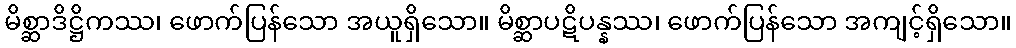
မိစ္ဆာဒိဋ္ဌိကဿ၊ ဖောက်ပြန်သော အယူရှိသော။ မိစ္ဆာပဋိပန္နဿ၊ ဖောက်ပြန်သော အကျင့်ရှိသော။